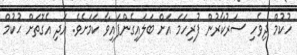
ހުކުމް ދިވެހި ސަރުކާރުން ފުރިހަމަ އަށް ބަލައިގެންފައިވާ ކަމަށެވެ. އަދި އެގޮތަށް ޙުކުމް